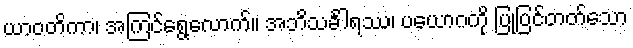
ယာဝတိကာ၊ အကြင်ရွေ့လောက်။ အဘိသင်္ခါရဿ၊ ပယောဂကို ပြုပြင်တတ်သော